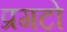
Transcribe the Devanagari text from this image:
प्रगटो